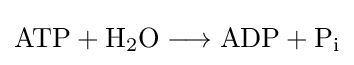
{\mathrm {ATP} {}+{}\mathrm {H} {\vphantom {A}}_{\smash[{t}]{2}}\mathrm {O} {}\mathrel {\longrightarrow } {}\mathrm {ADP} {}+{}\mathrm {P} {\vphantom {A}}_{\smash[{t}]{\mathrm {i} }}}